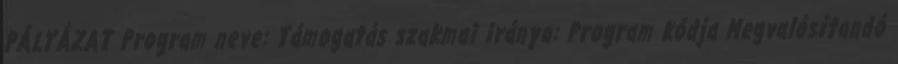
PÁLYÁZAT Program neve: Támogatás szakmai iránya: Program kódja Megvalósítandó